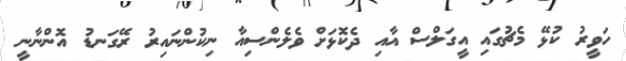
ހަވީރު ކުޅޭ މެޗުގައި އީގަލްސް އާއި ދެކޮޅަށް ވެލެންސިއާ ނިކުންނައިރު ރޭގަނޑު އޮންނާނީ